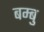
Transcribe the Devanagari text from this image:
बम्बु